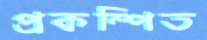
প্রকম্পিত